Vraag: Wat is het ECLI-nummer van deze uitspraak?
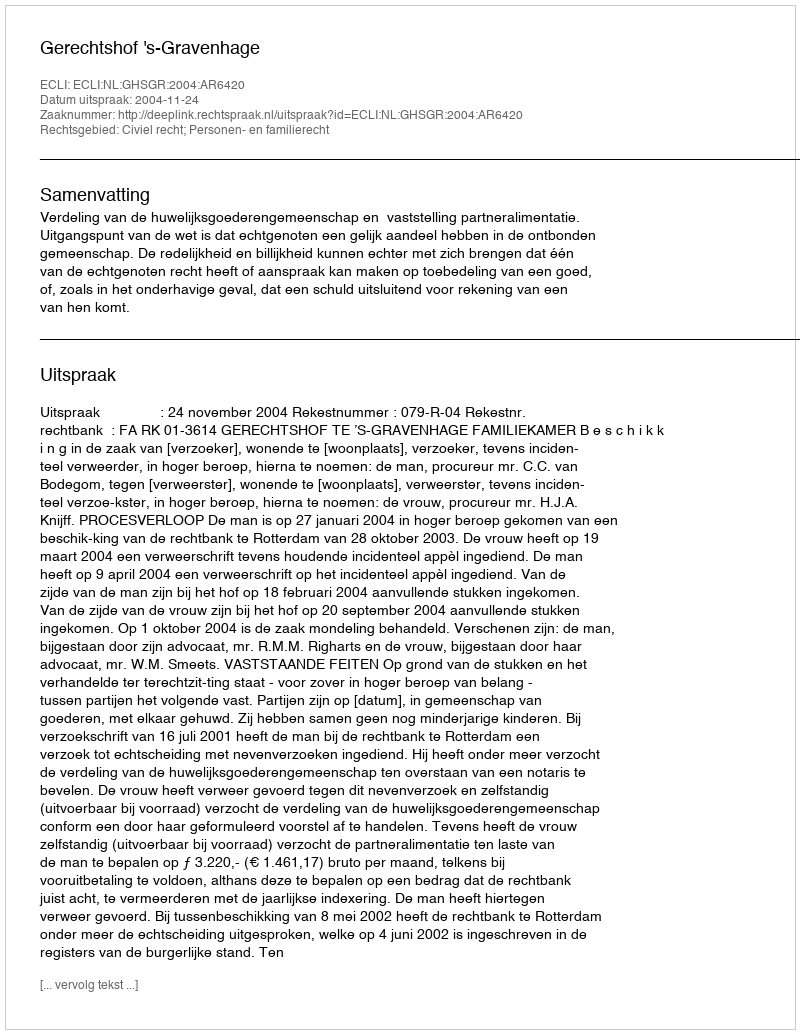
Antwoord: ECLI:NL:GHSGR:2004:AR6420